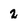
Character: 2